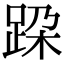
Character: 跥